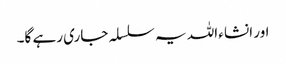
اور انشا ءاللہ یہ سلسلہ جاری رہے گا۔